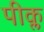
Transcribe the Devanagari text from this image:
पीक्ल